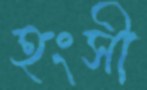
হংসী